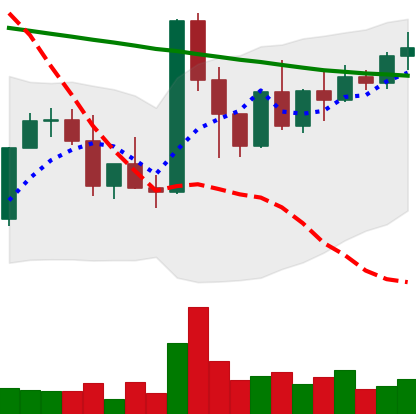
Ticker: XMR-USD
Chart end date: 2022-03-19
Forward return: 3.266%
Label: up_3_5